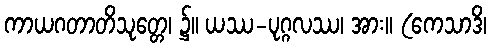
ကာယဂတာတိသုတ္တေ၊ ၌။ ယဿ-ပုဂ္ဂလဿ၊ အား။ (ကေသာဒိ၊